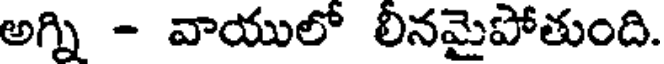
అగ్ని - వాయులో లీనమైపోతుంది.